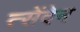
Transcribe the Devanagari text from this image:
त्सेंदेन